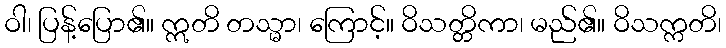
ဝါ၊ ပြန့်ပြော၏။ ဣတိ တသ္မာ၊ ကြောင့်။ ဝိသတ္တိကာ၊ မည်၏။ ဝိသက္ကတိ၊